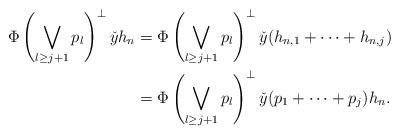
LaTeX: \begin{align*}\Phi\left(\bigvee_{l\geq j+1}p_l\right)^{\perp}\check{y}h_n &= \Phi\left(\bigvee_{l\geq j+1}p_l\right)^{\perp}\check{y}(h_{n, 1}+\cdots+h_{n, j})\\&= \Phi\left(\bigvee_{l\geq j+1}p_l\right)^{\perp}\check{y}(p_1+\cdots+p_j)h_n.\end{align*}